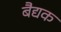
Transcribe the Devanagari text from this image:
बैद्यक